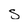
Character: s